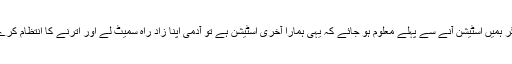
اگر ہمیں اسٹیشن آنے سے پہلے معلوم ہو جائے کہ یہی ہمارا آخری اسٹیشن ہے تو آدمی اپنا زادِ راہ سمیٹ لے اور اترنے کا انتظام کرے۔